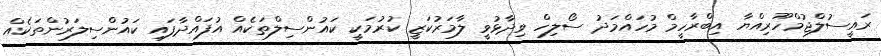
ރައީސުލްޖުމްހޫރިއްޔާ އިބްރާހީމް މުހައްމަދު ސޯލިހް ވިދާޅުވީ ލާމަރުކަޒީ ކުރުމަކީ ކައުންސިލްތަކެއް އުފައްދާފައި ކައުންސިލަރުންތަކެއް